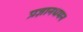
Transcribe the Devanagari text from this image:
प्रज्ञानधमन